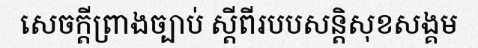
សេចក្តីព្រាងច្បាប់ ស្តីពីរបបសន្តិសុខសង្គម